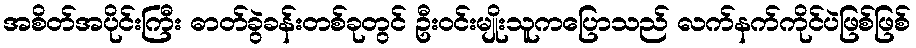
အစိတ်အပိုင်းကြီး ဓာတ်ခွဲခန်းတစ်ခုတွင် ဦးဝင်းမျိုးသူကပြောသည် လက်နက်ကိုင်ပဲဖြစ်ဖြစ်